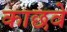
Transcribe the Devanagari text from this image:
काछवे